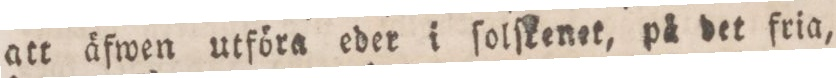
att äfwen utföra eder i ſolſkenet, på det fria,